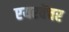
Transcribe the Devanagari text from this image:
एयरवेंचर